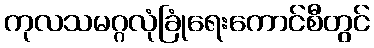
ကုလသမဂ္ဂလုံခြုံရေးကောင်စီတွင်